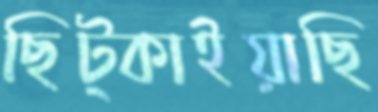
ছিট্‌কাইয়াছি